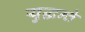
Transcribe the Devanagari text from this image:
युद्धन्ते